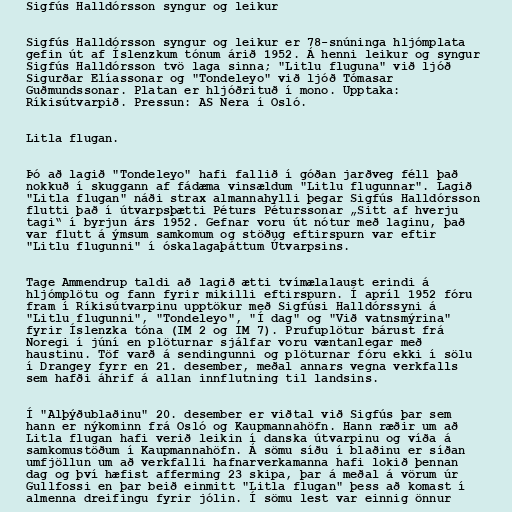
Sigfús Halldórsson syngur og leikur

Sigfús Halldórsson syngur og leikur er 78-snúninga hljómplata
gefin út af Íslenzkum tónum árið 1952. Á henni leikur og syngur
Sigfús Halldórsson tvö laga sinna; "Litlu fluguna" við ljóð
Sigurðar Elíassonar og "Tondeleyo" við ljóð Tómasar
Guðmundssonar. Platan er hljóðrituð í mono. Upptaka:
Ríkisútvarpið. Pressun: AS Nera í Osló.

Litla flugan.

Þó að lagið "Tondeleyo" hafi fallið í góðan jarðveg féll það
nokkuð í skuggann af fádæma vinsældum "Litlu flugunnar". Lagið
"Litla flugan" náði strax almannahylli þegar Sigfús Halldórsson
flutti það í útvarpsþætti Péturs Péturssonar „Sitt af hverju
tagi“ í byrjun árs 1952. Gefnar voru út nótur með laginu, það
var flutt á ýmsum samkomum og stöðug eftirspurn var eftir
"Litlu flugunni" í óskalagaþáttum Útvarpsins.

Tage Ammendrup taldi að lagið ætti tvímælalaust erindi á
hljómplötu og fann fyrir mikilli eftirspurn. Í apríl 1952 fóru
fram í Ríkisútvarpinu upptökur með Sigfúsi Halldórssyni á
"Litlu flugunni", "Tondeleyo", "Í dag" og "Við vatnsmýrina"
fyrir Íslenzka tóna (IM 2 og IM 7). Prufuplötur bárust frá
Noregi í júní en plöturnar sjálfar voru væntanlegar með
haustinu. Töf varð á sendingunni og plöturnar fóru ekki í sölu
í Drangey fyrr en 21. desember, meðal annars vegna verkfalls
sem hafði áhrif á allan innflutning til landsins.

Í "Alþýðublaðinu" 20. desember er viðtal við Sigfús þar sem
hann er nýkominn frá Osló og Kaupmannahöfn. Hann ræðir um að
Litla flugan hafi verið leikin í danska útvarpinu og víða á
samkomustöðum í Kaupmannahöfn. Á sömu síðu í blaðinu er síðan
umfjöllun um að verkfalli hafnarverkamanna hafi lokið þennan
dag og því hæfist afferming 23 skipa, þar á meðal á vörum úr
Gullfossi en þar beið einmitt "Litla flugan" þess að komast í
almenna dreifingu fyrir jólin. Í sömu lest var einnig önnur